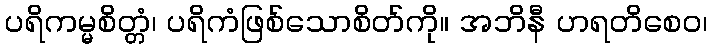
ပရိကမ္မစိတ္တံ၊ ပရိကံဖြစ်သောစိတ်ကို။ အဘိနီ ဟရတိစေဝ၊